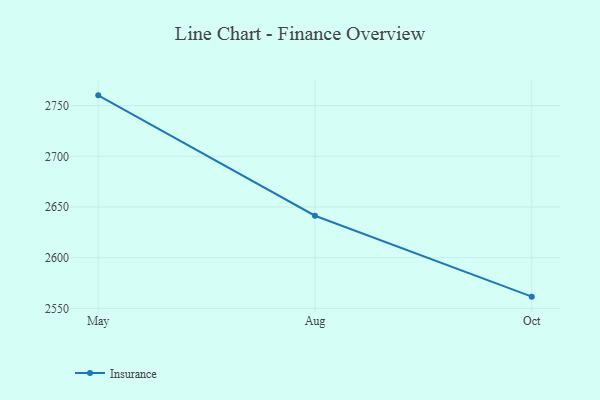
{"axis": {"x": "Month", "y": "Production Output"}, "legend": ["Insurance"], "data": [{"x": "May", "y": 2760.1, "type": "Insurance"}, {"x": "Aug", "y": 2641.4, "type": "Insurance"}, {"x": "Oct", "y": 2561.6, "type": "Insurance"}]}